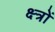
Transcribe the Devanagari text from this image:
क्ष्त्रों